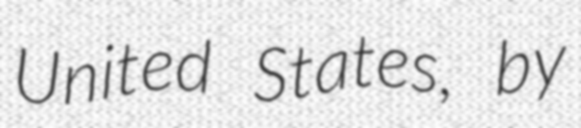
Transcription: United States, by